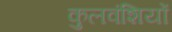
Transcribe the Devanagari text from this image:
कुलवंशियों